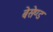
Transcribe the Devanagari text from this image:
बेसेण्ड